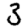
Digit: 3